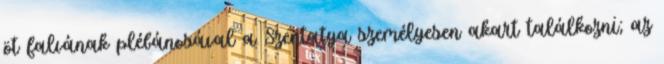
öt falvának plébánosával a Szentatya személyesen akart találkozni; az